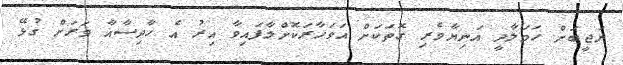
ނަޖީބަށް ހަމަލާދީ އަނިޔާވެރި ގޮތަކަށް އަވަހާރަކޮށްލާފައިވާ އިރު އެ ހާދިސާއާ ވަރަށް ގުޅޭ